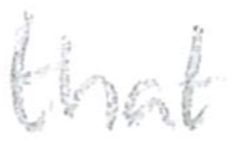
Text: that
Cross-out: clean
Writing tool: pencil